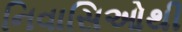
નિવાસિઓથી